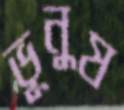
ভূনুষ